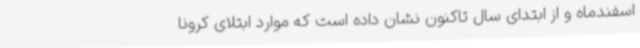
اسفندماه و از ابتدای سال تاکنون نشان داده است که موارد ابتلای کرونا